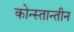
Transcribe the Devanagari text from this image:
कोन्स्तान्तीन